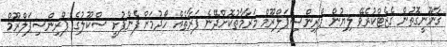
ޤާނޫނީގޮތުން ގެޒެޓްކުރެވޭ ލިޔުން ޕްރިންސިޕަލްރޫމް މަރާމާތުކޮށްދޭނެ ފަރާތެއް ހޯދުމަށް ފެންފުށީ ސްކޫލުގެ ޕްރިންސިޕަލްރޫމް